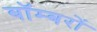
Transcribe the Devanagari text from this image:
बाॅम्बरों